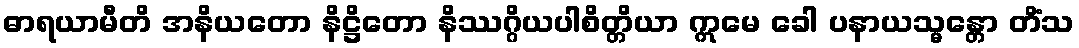
ဓာရယာမီတိ အနိယတော နိဋ္ဌိတော နိဿဂ္ဂိယပါစိတ္တိယာ ဣမေ ခေါ ပနာယသ္မန္တော တိံသ